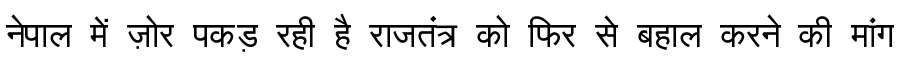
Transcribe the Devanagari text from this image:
नेपाल में ज़ोर पकड़ रही है राजतंत्र को फिर से बहाल करने की मांग